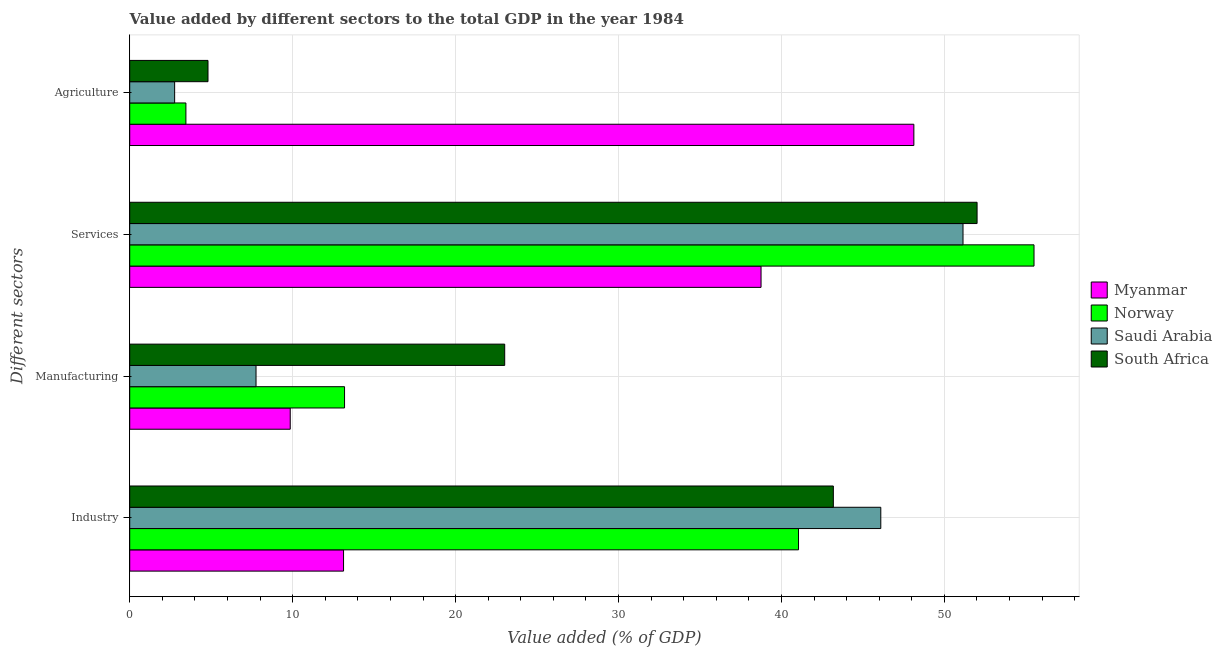
| Different sectors | Myanmar | Norway | Saudi Arabia | South Africa |
 | --- | --- | --- | --- | --- |
 | Industry | 13.1 | 41 | 46.1 | 43.2 |
 | Manufacturing | 9.85 | 13.2 | 7.75 | 23 |
 | Services | 38.7 | 55.5 | 51.1 | 52 |
 | Agriculture | 48.1 | 3.45 | 2.76 | 4.8 |